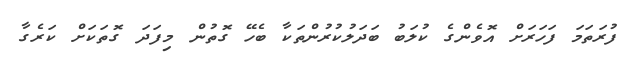
ފުރަތަމަ ފަހަރަށް އޮވެންގެ ކުލަބު ބަދަލުކުރުންތަކާ ބެހޭ ގޮތުން މިފަދަ ގޮތަކަށް ކަރެގާ